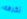
تكرهه